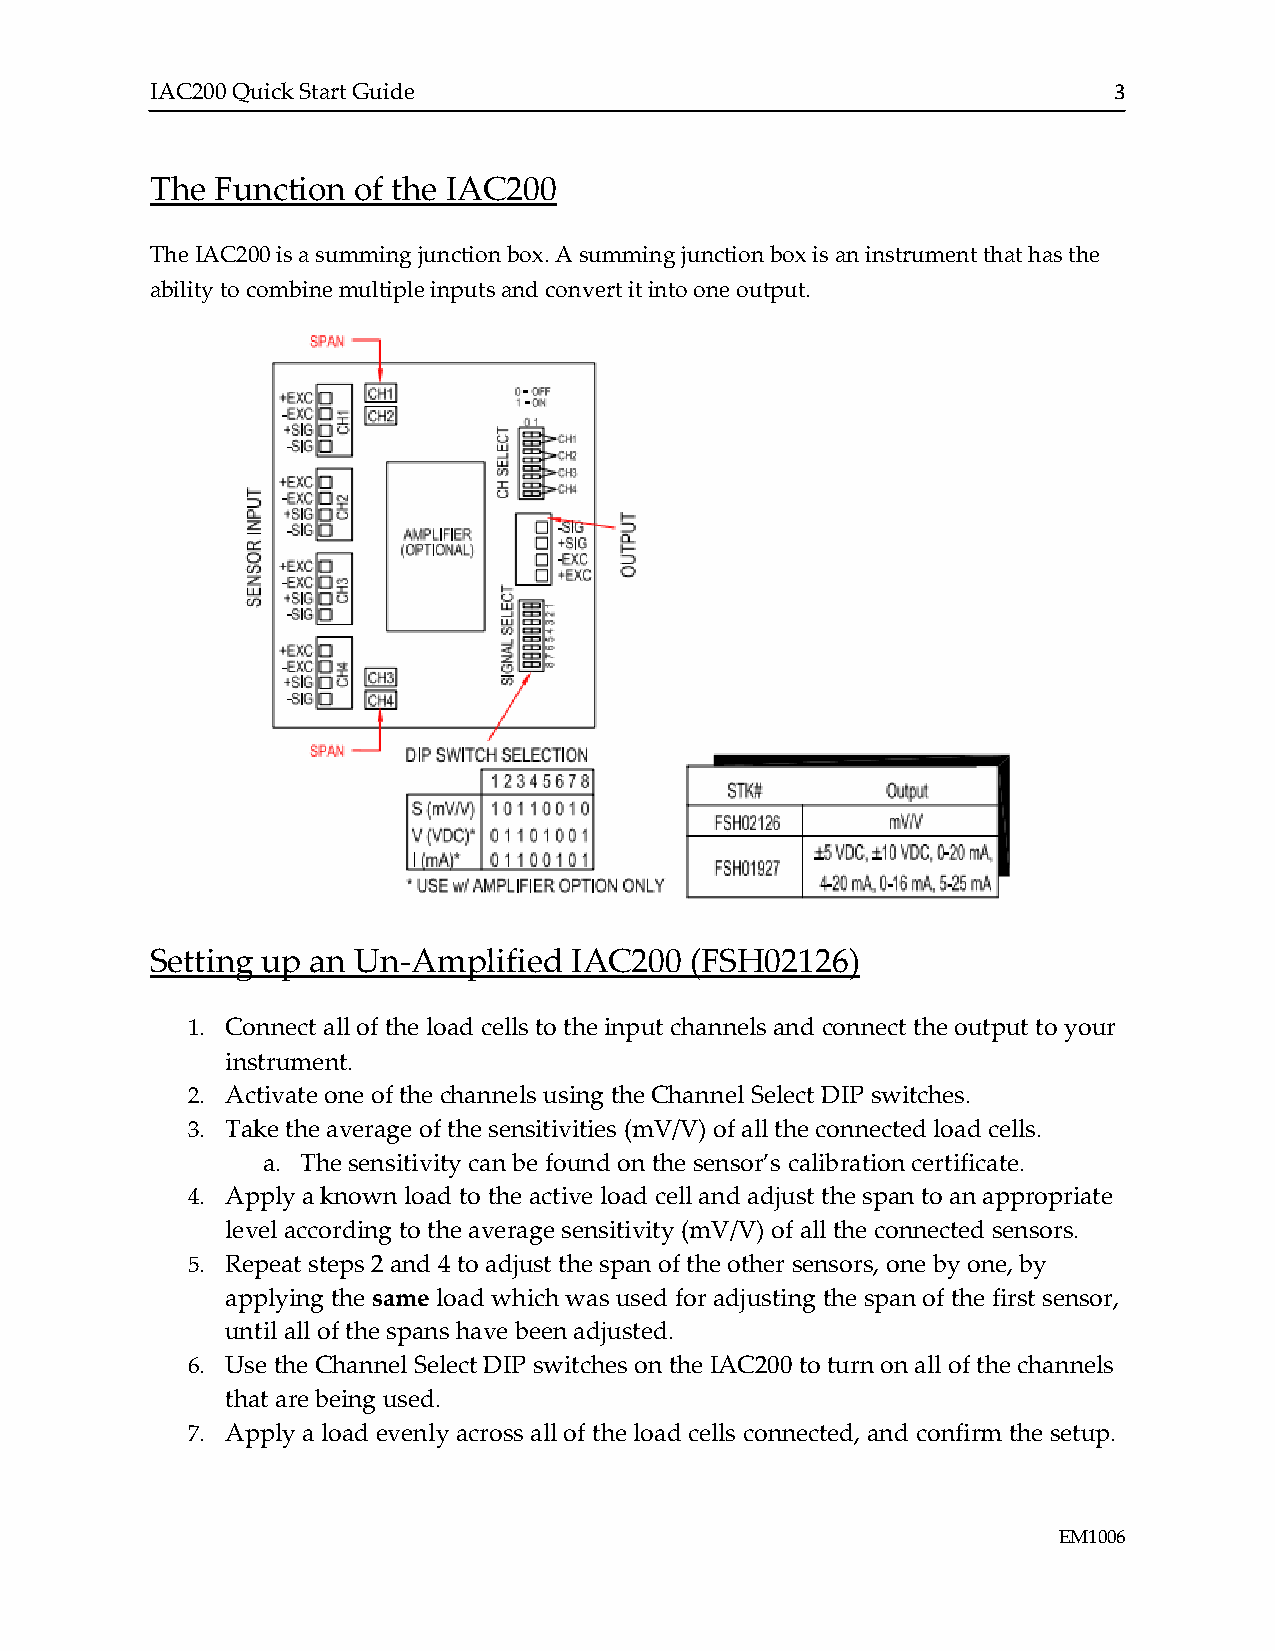
IAC200 Quick Start Guide                                        3
 The Function of the IAC200
 The IAC200 is a summing junction box. A summing junction box is an instrument that has the
 ability to combine multiple inputs and convert it into one output.
 Setting up an Un-Amplified  IAC200  (FSH02126)
 1. Connect all of the load cells to the input channels and connect the output to your
 instrument.
 2. Activate one of the channels using the Channel Select DIP switches.
 3. Take the average of the sensitivities (mV/V) of all the connected load cells.
 a. The sensitivity can be found on the sensor’s calibration certificate.
 4. Apply a known load to the active load cell and adjust the span to an appropriate
 level according to the average sensitivity (mV/V) of all the connected sensors.
 5. Repeat steps 2 and 4 to adjust the span of the other sensors, one by one, by
 applying the same load which was used for adjusting the span of the first sensor,
 until all of the spans have been adjusted.
 6. Use the Channel Select DIP switches on the IAC200 to turn on all of the channels
 that are being used.
 7. Apply a load evenly across all of the load cells connected, and confirm the setup.
 EM1006